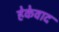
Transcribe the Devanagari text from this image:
हेकेवाद